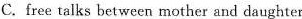
C.free talks between mother and daughter